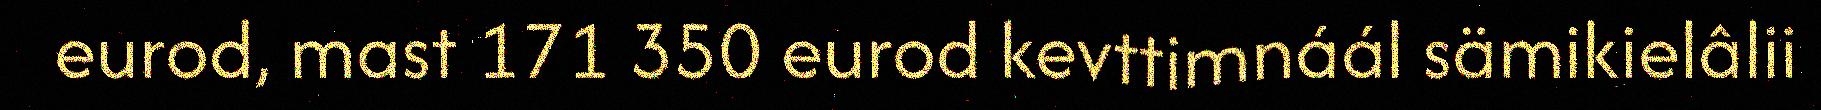
eurod, mast 171 350 eurod kevttimnáál sämikielâlii